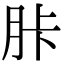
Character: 胩